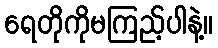
ရေတိုကိုမကြည့်ပါနဲ့။